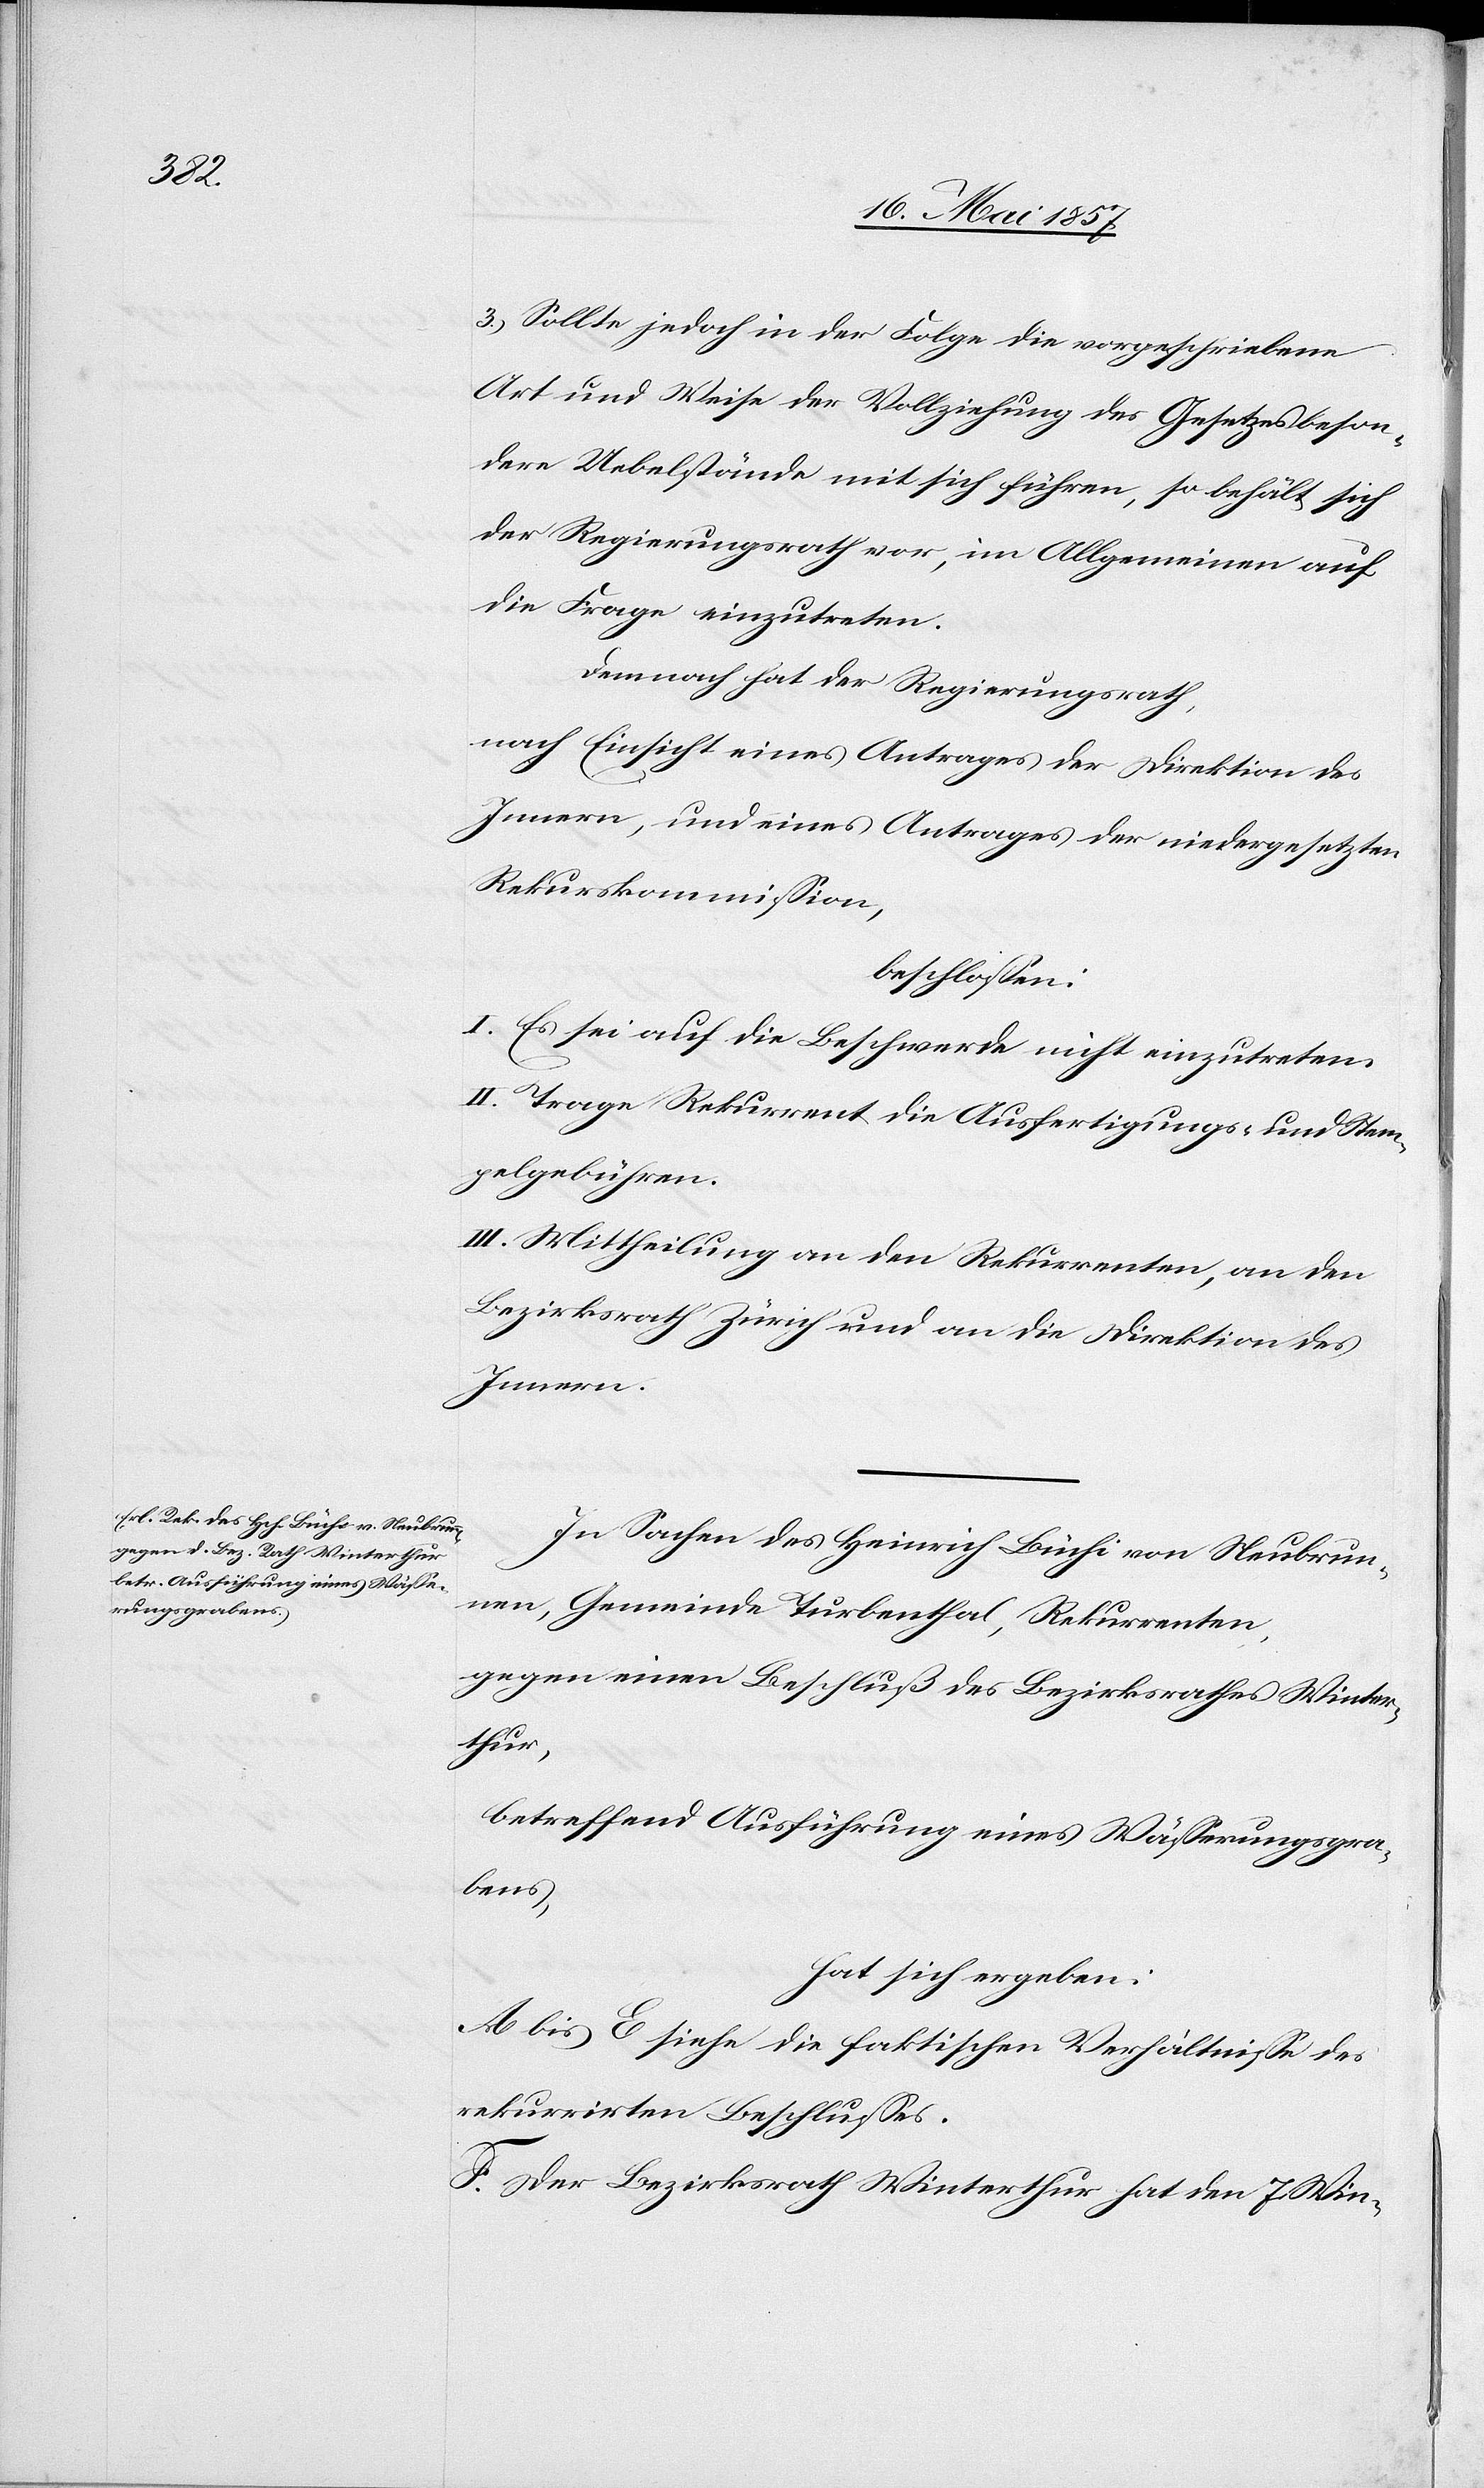
3.) Sollte jedoch in der Folge die vorgeschriebene
Art und Weise der Vollziehung des Gesetzes beson¬
dere Uebelstände mit sich führen, so behält sich
der Regierungsrath vor, im Allgemeinen auf
die Frage einzutreten.
Demnach hat der Regierungsrath,
nach Einsicht eines Antrages der Direktion des
Innern, und eines Antrages der niedergesetzten
Rekurskommission,
beschlossen:
I. Es sei auf die Beschwerde nicht einzutreten.
II. Trage Rekurrent die Ausfertigungs- u. Stem¬
pelgebühren.
III. Mittheilung an den Rekurrenten, an den
Bezirksrath Zürich und an die Direktion des
Innern.
In Sachen des Heinrich Büchi von Neubrun¬
nen, Gemeinde Turbenthal, Rekurrenten,
gegen einen Beschluß des Bezirksrathes Winter¬
thur,
betreffend Ausführung eines Wässerungsgra¬
bens,
hat sich ergeben:
A bis E siehe die faktischen Verhältnisse des
rekurrirten Beschlusses.
F. Der Bezirksrath Winterthur hat den 7 Win-